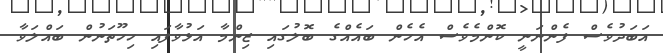
އަބަދުވެސް ފެންނަނީ ކޮންމެވެސް އެހެން ބައެއްގެ ބޮލުގައި ޒިންމާ އަޅުވާފައި ހިހޫތަނުން ބައްލަވާ